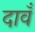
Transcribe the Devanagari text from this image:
दावँ